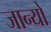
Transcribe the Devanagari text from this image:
जान्यो